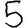
Digit: 5